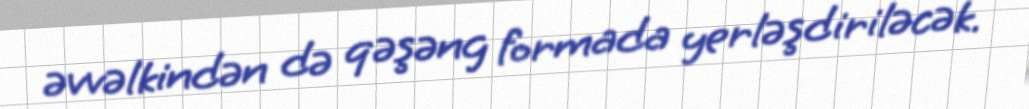
əvvəlkindən də qəşəng formada yerləşdiriləcək.